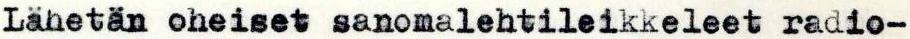
Lähetän oheiset sanomalehtileikkeleet radio-